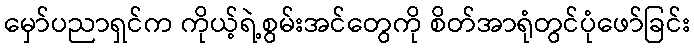
မှော်ပညာရှင်က ကိုယ့်ရဲ့စွမ်းအင်တွေကို စိတ်အာရုံတွင်ပုံဖော်ခြင်း